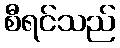
စီရင်သည်